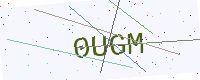
Text: 0UGM